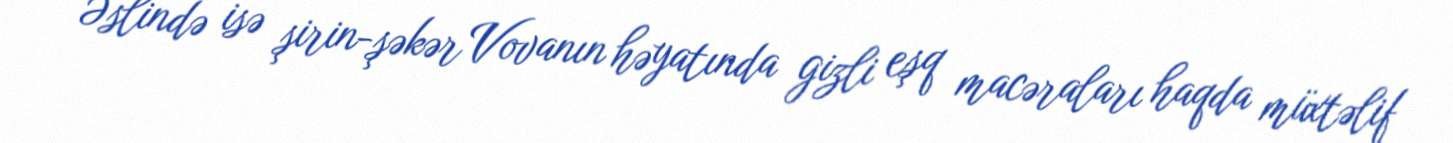
Əslində isə şirin-şəkər Vovanın həyatında gizli eşq macəraları haqda müxtəlif